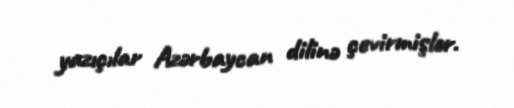
yazıçılar Azərbaycan dilinə çevirmişlər.